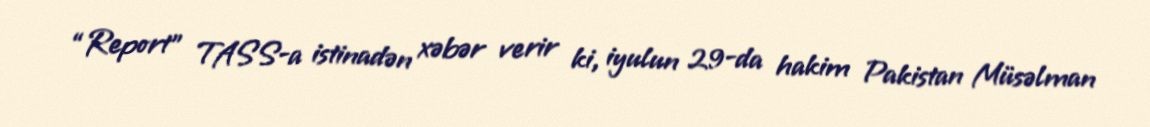
“Report” TASS-a istinadən xəbər verir ki, iyulun 29-da hakim Pakistan Müsəlman